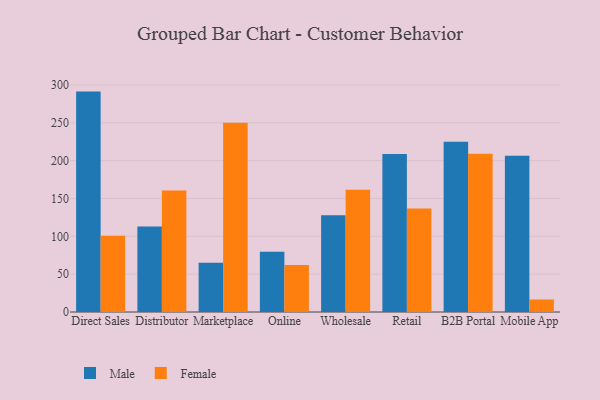
{"axis": {"x": "Channel", "y": "Energy Usage (MWh)"}, "legend": ["Female", "Male"], "data": [{"x": "Direct Sales", "y": 291.2, "type": "Male"}, {"x": "Direct Sales", "y": 100.9, "type": "Female"}, {"x": "Distributor", "y": 113.1, "type": "Male"}, {"x": "Distributor", "y": 160.4, "type": "Female"}, {"x": "Marketplace", "y": 65.0, "type": "Male"}, {"x": "Marketplace", "y": 250.1, "type": "Female"}, {"x": "Online", "y": 79.7, "type": "Male"}, {"x": "Online", "y": 62.0, "type": "Female"}, {"x": "Wholesale", "y": 127.8, "type": "Male"}, {"x": "Wholesale", "y": 161.4, "type": "Female"}, {"x": "Retail", "y": 208.8, "type": "Male"}, {"x": "Retail", "y": 136.6, "type": "Female"}, {"x": "B2B Portal", "y": 225.0, "type": "Male"}, {"x": "B2B Portal", "y": 209.0, "type": "Female"}, {"x": "Mobile App", "y": 206.3, "type": "Male"}, {"x": "Mobile App", "y": 16.5, "type": "Female"}]}